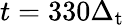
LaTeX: t=330\Delta_{\mathrm{t}}